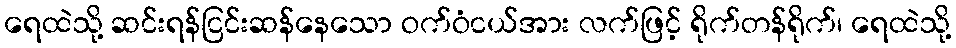
ရေထဲသို့ ဆင်းရန်ငြင်းဆန်နေသော ဝက်ဝံငယ်အား လက်ဖြင့် ရိုက်တန်ရိုက်၊ ရေထဲသို့